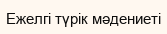
Ежелгі түрік мәдениеті